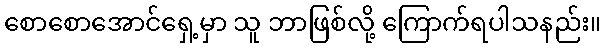
စောစောအောင်ရှေ့မှာ သူ ဘာဖြစ်လို့ ကြောက်ရပါသနည်း။